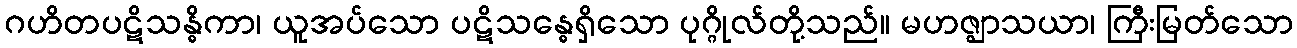
ဂဟိတပဋိသန္ဓိကာ၊ ယူအပ်သော ပဋိသန္ဓေရှိသော ပုဂ္ဂိုလ်တို့သည်။ မဟဇ္ဈာသယာ၊ ကြီးမြတ်သော